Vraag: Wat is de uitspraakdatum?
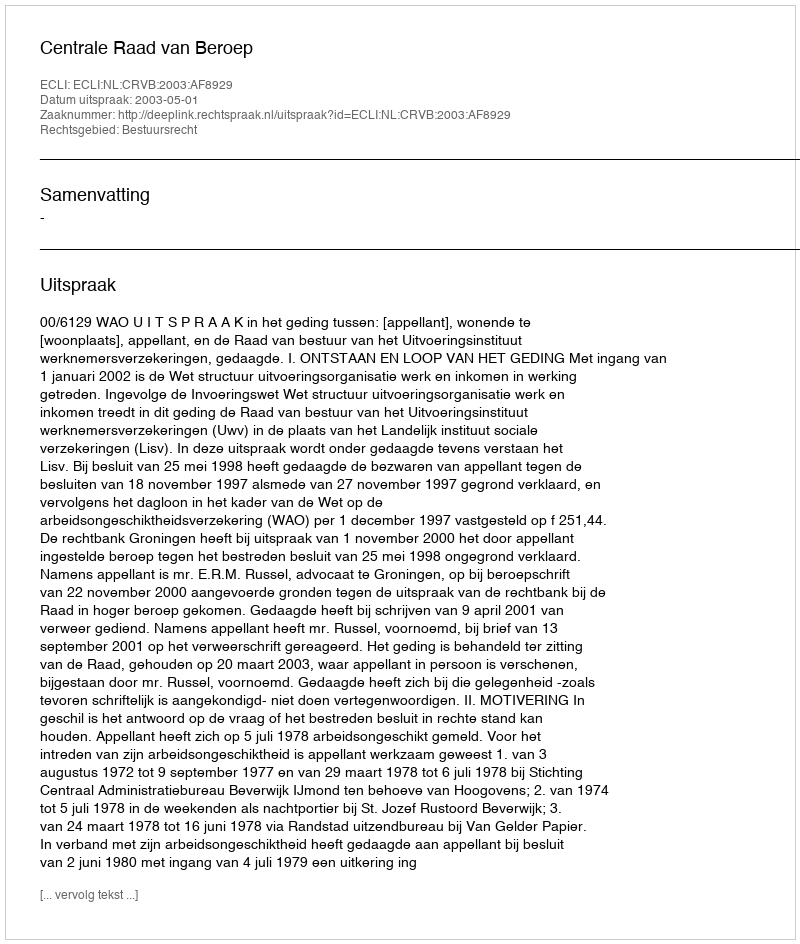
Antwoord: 2003-05-01